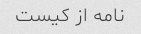
نامه از کیست